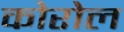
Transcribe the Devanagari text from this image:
कोरोल